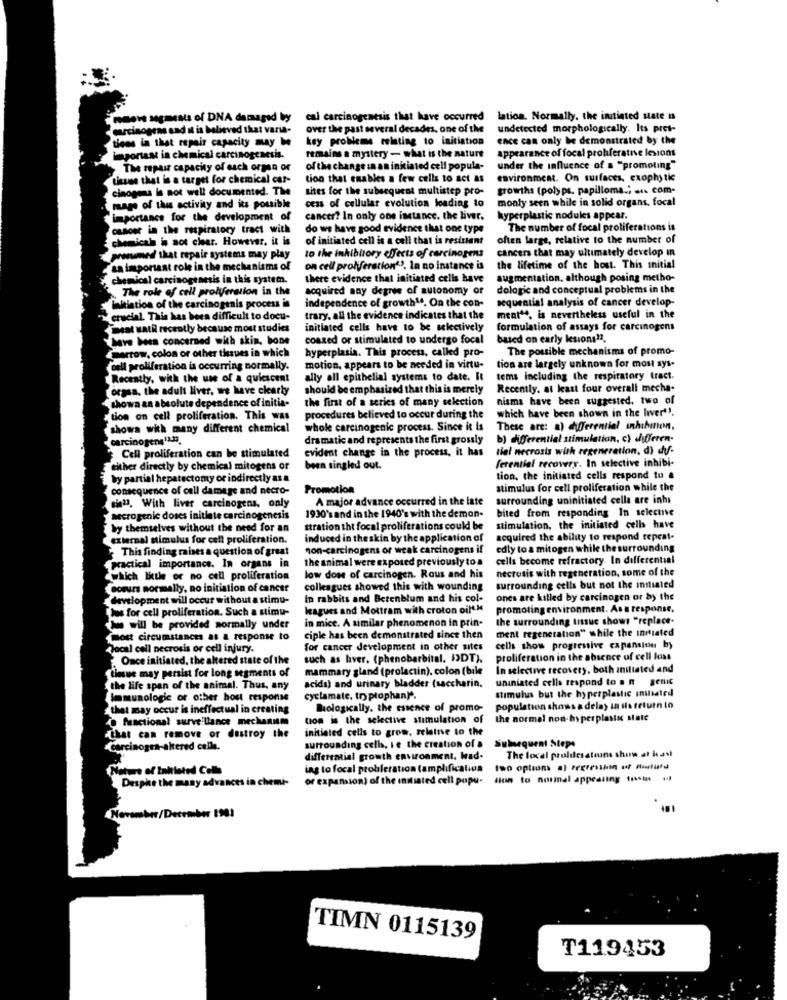
Gov MEmess of DNA damaged by
cal carcinogenesis that have occurred lation. Normally, the initiated state is
carcinogens and it is believed that varia-
over the past several decades, one of the
undetected morphologically. Its pret-
tions in that repair capacity may be
key problems relating to initiation
ence can only be demonstrated by the
remains a mystery - what is the nature
appearance of focal probferative lesions
importase in chemical carcinogenesis.
The repair capacity of each organ or
of the change in an initiated cell popula-
under the influence of a "promoting"
Liesuse that in a target for chemical car-
tion that enables a few cells to act as
environment. On surfaces, cxophy tic
cinoges is not well documented. The
sites for the subsequent multistep pro-
growths (polyps. papilloma .. ... com-
monty seen while in solid organs, focal
.rage of this activity and its possible
cess of cellular evolution loading to
Importance for the development of
cancer? In only one instance. the liver.
hyperplastic nodules appear.
casose in the respiratory tract with
do we have good evidence that one type
The number of focal proliferations is
chemicals is not clear. However, it is
of initiated cell is a cell that is resistent
often large, relative to the number of
cancers that may ultimately develop in
prosamed that repair systems may play
to the inhibitory effects of carcinogens
ca important role in the mechanisms of
on cell proliferation""". In no instance is
the lifetime of the host. This initial
chemical carcinogenesis in this system.
there evidence that initiated cells have
augmentation, although posing metho-
The role of cell proliferation in the
acquired any degree of autonomy of
dologic and conceptual problems in the
independence of growth". On the con-
sequential analysis of cancer develop-
Taktiation of the carcinogenis process is
"crucial This has been difficult to docu-
trary, all the evidence indicates that the
ment", is nevertheless useful in the
Beat wati recently because most studies
initiated cells have to be selectively
formulation of assays for carcinogens
have been concerned with skin, bone
coaxed or stimulated to undergo focal
based on early lesions ??.
marrow, colon or other tissues in which
hyperplasia. This process, called pro-
The possible mechanisms of promo-
tion are largely unknown for most sys-
cell proliferation is occurring normally.
motion, appears to be needed in virtu-
Recently, with the use of a quiescent
ally all epithelial systems to date. It
tems including the respiratory tract.
orgsa, the adult liver, we have clearly
should be emphasized that this is merely
Recently, at least four overall mecha-
shown an absolute dependence of initia-
the first of a series of many selection
nisms have been suggested, two of
which have been shown in the liver''.
tion on cell proliferation. This was
procedures believed to occur during the
showa with many different chemical
whole carcinogenic process. Since it is
These are: a) differential inhibinon,
carcinogens11.3.
dramatic and represents the first grossly
b) differential stimulation, c) differen-
evident change in the process, it has tiel necrosis with regeneration, d) dyf.
evident change in the process, it has
Cell proliferation can be stimulated
ferential recovery. In selective inhibi-
either directly by chemical mitogens or
been singled out.
by partial hepatectomy or indirectly as a
tion, the initiated cells respond to #
consequence of cell damage and necro-
Promotion
stimulus for cell proliferation while the
A major advance occurred in the late
surrounding uninitiated cella are inhi
cin". With liver carcinogens, only
bited from responding In selectne
accrogenic doses initiate carcinogenesis
1930's and in the 1940's with the demon.
by themselves without the need for an
stration tht focal proliferations could be
stimulation, the initiated cells have
external stimulus for cell proliferation.
induced in theskin by the application of
acquired the ability to respond repeat-
This finding raises a question of great
non-carcinogens or weak carcinogens if
edly to a mitogen while the surrounding
the animal were exposed previously to a
cells become refractory. In differential
practical importance. In organs in
necrosis with regeneration, some of the
which little or no cell proliferation
low dose of carcinogen. Rous and his
cours normally, no initiation of cancer
colleagues showed this with wounding
surrounding cells but not the initiated
development will occur without a stimu-
In rabbits and Betenblum and his col-
ones are killed by carcinogen or by the
Thus for cell proliferation. Such a stimu-
leagues and Mottram with croton oil*
promoting environment. Asa response.
in mice. A similar phenomenon in prin-
the surrounding Insuc shows "replace-
Iws will be provided normally under
ment regeneration" while the initiated
most circumstances as a response to
ciple has been demonstrated since then
Jocal cell necrosis or cell injury.
for cancer development in other sites
cells show progressive expansion by
Once initiated, the altered state of the
such as liver. (phenobarbital. I>DT).
proliferation in the absence of cell kuss
Lesue may persist for long segments of
mammary gland (prolactin). colon (bile
In selective recovery, both initiated and
uniniated cells respond to . n
genic
the life span of the animal. Thus, any
acida) and urinary bladder (saccharin.
stimulus but the hyperplastic inillaled
Immunologic or other host response
cyclamate. try ptophan"".
that may occur is ineffectual in creating
Biologically. the essence of promo-
population shows a delay in io return lo
functional surveillance mechanism
tion is the selective stimulation of
the normal non-hyperplastic state
initiated cells to grow, zelaine to the
-that can remove or destroy the
Subsequent Steps
Carcinoges-altered celle.
surrounding cell. Ie the creation of a
differential growth environment. hrad-
The local proldesatiuns show at kast
Nature of Initiated Colle
ing to focal probleration (amplification
Desphe the many advances in chemi-
or expansion) of the initiated cell popu-
Hon to normal appealing in -
November/December 1981
TIMN 0115139
T119453